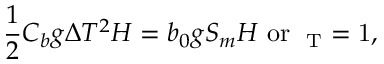
\frac { 1 } { 2 } C _ { b } g \Delta T ^ { 2 } H = b _ { 0 } g S _ { m } H \ \mathrm { { o r } \ \Lambda _ { T } = 1 , }